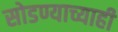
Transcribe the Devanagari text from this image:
सोडण्याच्याही